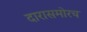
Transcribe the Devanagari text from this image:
दारासमोरच